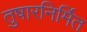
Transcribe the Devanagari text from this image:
तुषारनिर्मित